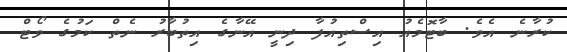
ކުރާނެ އެވެ. ބާޓޮމެއު އިސްތިއުފާ ދިނީ އޭނާގެ އިތުބާރު ނެތް ކަމުގެ ވޯޓް